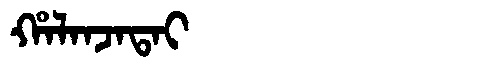
Manchu: ᡥᠠᠯᠠᠨᠵᠠᡨᠠᡳ
Romanization: HALANJATAI